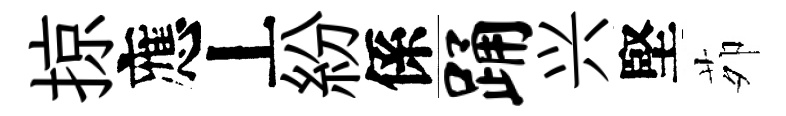
掠應丄紛係踊兴堅茆